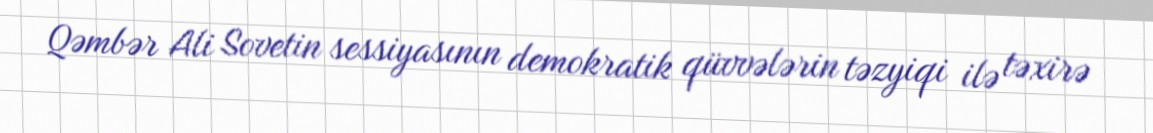
Qəmbər Ali Sovetin sessiyasının demokratik qüvvələrin təzyiqi ilə təxirə